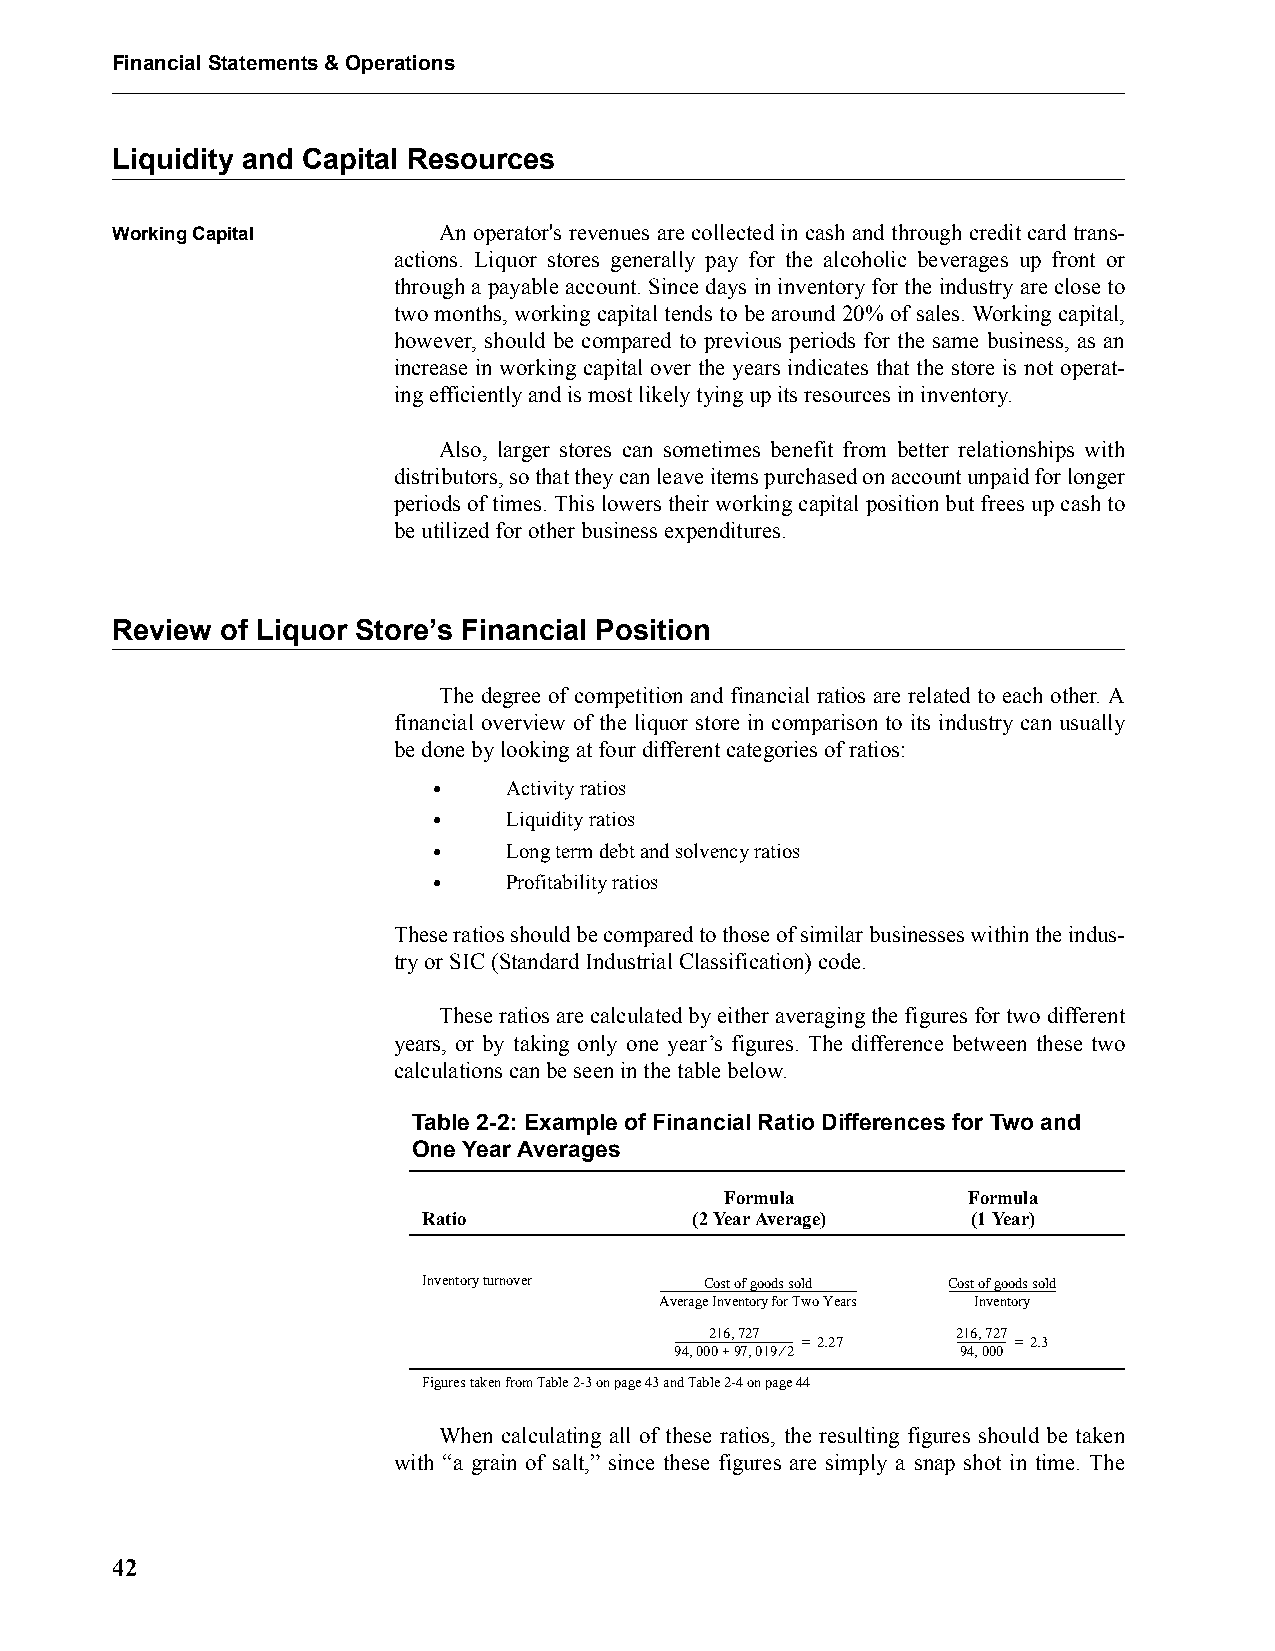
Financial Statements & Operations
 Liquidity and Capital Resources
 Working Capital       An operator's revenues are collected in cash and through credit card trans-
 actions. Liquor stores generally pay for the alcoholic beverages up front or
 through a payable account. Since days in inventory for the industry are close to
 two months, working capital tends to be around 20% of sales. Working capital,
 however, should be compared to previous periods for the same business, as an
 increase in working capital over the years indicates that the store is not operat-
 ing efficiently and is most likely tying up its resources in inventory.
 Also, larger stores can sometimes benefit from better relationships with
 distributors, so that they can leave items purchased on account unpaid for longer
 periods of times. This lowers their working capital position but frees up cash to
 be utilized for other business expenditures.
 Review  of Liquor Store’s Financial Position
 The degree of competition and financial ratios are related to each other. A
 financial overview of the liquor store in comparison to its industry can usually
 be done by looking at four different categories of ratios:
 •    Activity ratios
 •    Liquidity ratios
 •    Long term debt and solvency ratios
 •    Profitability ratios
 These ratios should be compared to those of similar businesses within the indus-
 try or SIC (Standard Industrial Classification) code.
 These ratios are calculated by either averaging the figures for two different
 years, or by taking only one year’s figures. The difference between these two
 calculations can be seen in the table below.
 Table 2-2: Example of Financial Ratio Differences for Two and
 One Year Averages
 Formula         Formula
 Ratio             (2 Year Average)  (1 Year)
 Inventory turnover Cost of goods sold Cost of goods sold
 --------------------------------------------------------------------------------- --------------------------------------------
 Average Inventory for Two Years Inventory
 216,727         216,727
 ------------------------------------------------- = 2.27 --------------------- = 2.3
 94,000+97,019⁄2    94,000
 Figures taken from Table 2-3 on page 43 and Table 2-4 on page 44
 When calculating all of these ratios, the resulting figures should be taken
 with “a grain of salt,” since these figures are simply a snap shot in time. The
 42